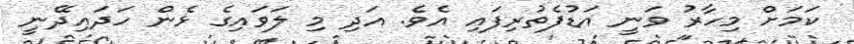
ކަމަށް މިހާރު ވަނީ އަޑުފެތުރިފައި އެވެ. އަދި މި ލަވައިގެ ޅެން ހަދައިދޭނީ